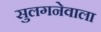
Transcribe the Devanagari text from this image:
सुलगनेवाला